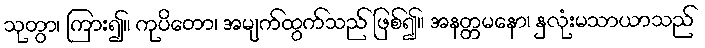
သုတွာ၊ ကြား၍။ ကုပိတော၊ အမျက်ထွက်သည် ဖြစ်၍။ အနတ္တမနော၊ နှလုံးမသာယာသည်